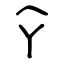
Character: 个